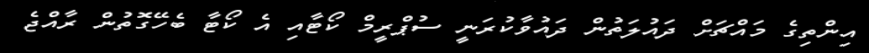
އިންތިގެ މައްޗަށް ދައުލަތުން ދައުވާކުރަނީ ސުޕްރީމް ކޯޓާއި އެ ކޯޓާ ބެހޭގޮތުން ރާއްޖެ